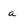
Character: a